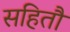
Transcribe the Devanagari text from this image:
सहितौ